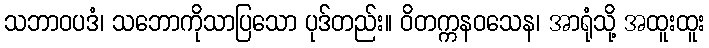
သဘာဝပဒံ၊ သဘောကိုသာပြသော ပုဒ်တည်း။ ဝိတက္ကနဝသေန၊ အာရုံသို့ အထူးထူး